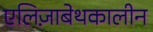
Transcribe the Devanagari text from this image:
एलिज़ाबेथकालीन